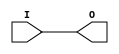
// $Header: /devl/xcs/repo/env/Databases/CAEInterfaces/verunilibs/s/BUFCF.v,v 1.8.22.1 2003/11/18 20:41:33 wloo Exp $

/*

FUNCTION	: BUFFER

*/

`timescale  100 ps / 10 ps


module BUFCF (O, I);

    output O;

    input  I;

	buf B1 (O, I);

    specify
	(I *> O) = (0, 0);
    endspecify

endmodule